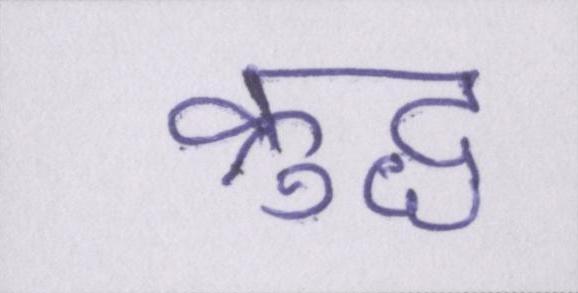
क्रुद्ध